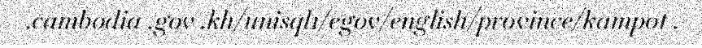
.cambodia .gov .kh/unisql1/egov/english/province/kampot .